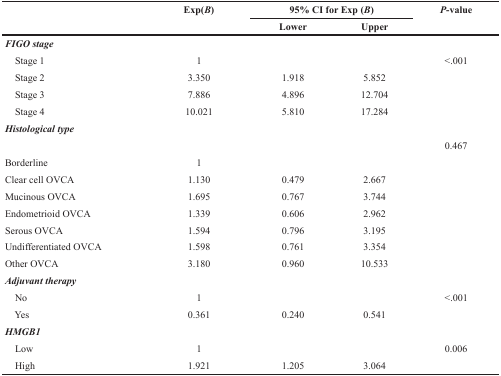
<table><thead><tr><td rowspan="2"></td><td rowspan="2"><b>Exp(<i>B</i>)</b></td><td colspan="2"><b>95% CI for Exp (<i>B</i>)</b></td><td rowspan="2"><b><i>P</i>-value</b></td></tr><tr><td><b>Lower</b></td><td><b>Upper</b></td></tr></thead><tbody><tr><td colspan="5"><b><i>FIGO stage</i></b></td></tr><tr><td> Stage 1</td><td>1</td><td></td><td></td><td>&lt;.001</td></tr><tr><td> Stage 2</td><td>3.350</td><td>1.918</td><td>5.852</td><td></td></tr><tr><td> Stage 3</td><td>7.886</td><td>4.896</td><td>12.704</td><td></td></tr><tr><td> Stage 4</td><td>10.021</td><td>5.810</td><td>17.284</td><td></td></tr><tr><td colspan="5"><b><i>Histological type</i></b></td></tr><tr><td></td><td></td><td></td><td></td><td>0.467</td></tr><tr><td>Borderline</td><td>1</td><td></td><td></td><td></td></tr><tr><td>Clear cell OVCA</td><td>1.130</td><td>0.479</td><td>2.667</td><td></td></tr><tr><td>Mucinous OVCA</td><td>1.695</td><td>0.767</td><td>3.744</td><td></td></tr><tr><td>Endometrioid OVCA</td><td>1.339</td><td>0.606</td><td>2.962</td><td></td></tr><tr><td>Serous OVCA</td><td>1.594</td><td>0.796</td><td>3.195</td><td></td></tr><tr><td>Undifferentiated OVCA</td><td>1.598</td><td>0.761</td><td>3.354</td><td></td></tr><tr><td>Other OVCA</td><td>3.180</td><td>0.960</td><td>10.533</td><td></td></tr><tr><td colspan="5"><b><i>Adjuvant therapy</i></b></td></tr><tr><td> No</td><td>1</td><td></td><td></td><td>&lt;.001</td></tr><tr><td> Yes</td><td>0.361</td><td>0.240</td><td>0.541</td><td></td></tr><tr><td colspan="5"><b><i>HMGB1</i></b></td></tr><tr><td> Low</td><td>1</td><td></td><td></td><td>0.006</td></tr><tr><td> High</td><td>1.921</td><td>1.205</td><td>3.064</td><td></td></tr></tbody></table>